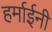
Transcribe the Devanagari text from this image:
हर्माईनी